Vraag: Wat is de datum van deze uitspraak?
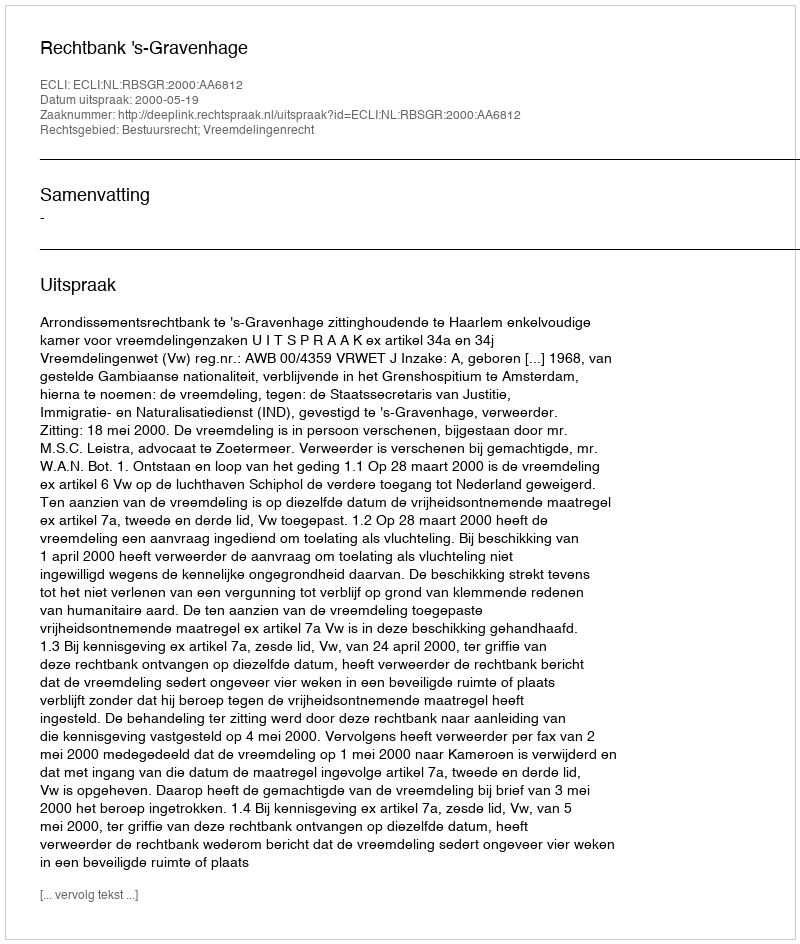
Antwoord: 2000-05-19